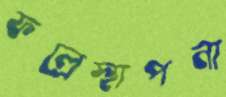
ফল্রেস্থাপনা